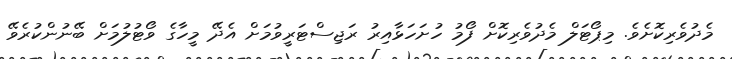
މެދުވެރިކޮށެވެ. މިޕޯޓަލް މެދުވެރިކޮށް ފޯމު ހުށަހަޅާއިރު ރަޖިސްޓަރީވުމަށް އެދޭ މީހާގެ ވޯޓުލުމަށް ބޭނުންކުރެވޭ